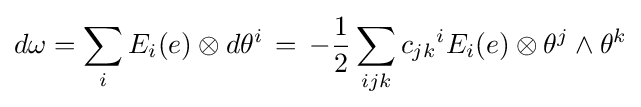
d\omega =\sum _{i}E_{i}(e)\otimes d\theta ^{i}\,=\,-{\frac {1}{2}}\sum _{ijk}{c_{jk}}^{i}E_{i}(e)\otimes \theta ^{j}\wedge \theta ^{k}